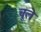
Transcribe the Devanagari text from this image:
चूले